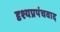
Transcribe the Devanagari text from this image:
दृश्यप्रपंचवाद